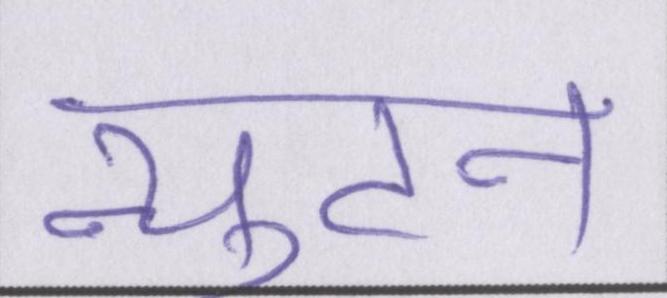
न्युटन